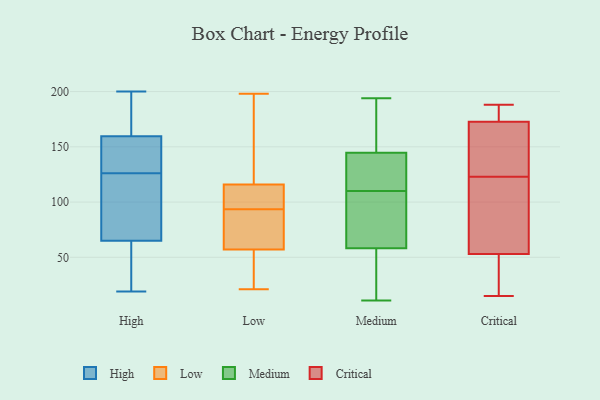
{"axis": {"x": "Churn Rate (%)", "y": "Value"}, "legend": ["Critical", "High", "Low", "Medium"], "data": [{"x": "", "y": 181, "type": "High"}, {"x": "", "y": 61, "type": "High"}, {"x": "", "y": 49, "type": "High"}, {"x": "", "y": 200, "type": "High"}, {"x": "", "y": 19, "type": "High"}, {"x": "", "y": 118, "type": "High"}, {"x": "", "y": 108, "type": "High"}, {"x": "", "y": 69, "type": "High"}, {"x": "", "y": 71, "type": "High"}, {"x": "", "y": 134, "type": "High"}, {"x": "", "y": 143, "type": "High"}, {"x": "", "y": 165, "type": "High"}, {"x": "", "y": 61, "type": "High"}, {"x": "", "y": 154, "type": "High"}, {"x": "", "y": 156, "type": "High"}, {"x": "", "y": 163, "type": "High"}, {"x": "", "y": 50, "type": "Low"}, {"x": "", "y": 198, "type": "Low"}, {"x": "", "y": 57, "type": "Low"}, {"x": "", "y": 129, "type": "Low"}, {"x": "", "y": 39, "type": "Low"}, {"x": "", "y": 115, "type": "Low"}, {"x": "", "y": 115, "type": "Low"}, {"x": "", "y": 57, "type": "Low"}, {"x": "", "y": 21, "type": "Low"}, {"x": "", "y": 75, "type": "Low"}, {"x": "", "y": 67, "type": "Low"}, {"x": "", "y": 112, "type": "Low"}, {"x": "", "y": 116, "type": "Low"}, {"x": "", "y": 129, "type": "Low"}, {"x": "", "y": 194, "type": "Medium"}, {"x": "", "y": 144, "type": "Medium"}, {"x": "", "y": 23, "type": "Medium"}, {"x": "", "y": 113, "type": "Medium"}, {"x": "", "y": 89, "type": "Medium"}, {"x": "", "y": 144, "type": "Medium"}, {"x": "", "y": 11, "type": "Medium"}, {"x": "", "y": 23, "type": "Medium"}, {"x": "", "y": 70, "type": "Medium"}, {"x": "", "y": 22, "type": "Medium"}, {"x": "", "y": 179, "type": "Medium"}, {"x": "", "y": 110, "type": "Medium"}, {"x": "", "y": 108, "type": "Medium"}, {"x": "", "y": 163, "type": "Medium"}, {"x": "", "y": 102, "type": "Medium"}, {"x": "", "y": 115, "type": "Medium"}, {"x": "", "y": 147, "type": "Medium"}, {"x": "", "y": 15, "type": "Critical"}, {"x": "", "y": 25, "type": "Critical"}, {"x": "", "y": 169, "type": "Critical"}, {"x": "", "y": 131, "type": "Critical"}, {"x": "", "y": 62, "type": "Critical"}, {"x": "", "y": 187, "type": "Critical"}, {"x": "", "y": 161, "type": "Critical"}, {"x": "", "y": 92, "type": "Critical"}, {"x": "", "y": 123, "type": "Critical"}, {"x": "", "y": 26, "type": "Critical"}, {"x": "", "y": 184, "type": "Critical"}, {"x": "", "y": 188, "type": "Critical"}, {"x": "", "y": 92, "type": "Critical"}]}